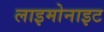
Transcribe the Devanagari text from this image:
लाइमोनाइट